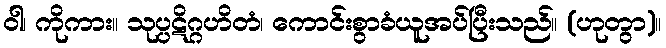
ဝါ၊ ကိုကား။ သုပ္ပဋိဂ္ဂဟိတံ၊ ကောင်းစွာခံယူအပ်ပြီးသည်။ (ဟုတွာ)။